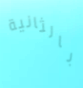
بالثانية